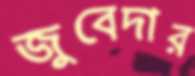
জুবেদার